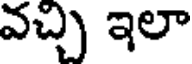
వచ్చి ఇలా